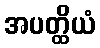
အပတ္ထိယံ